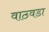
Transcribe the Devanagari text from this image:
वाठवडा